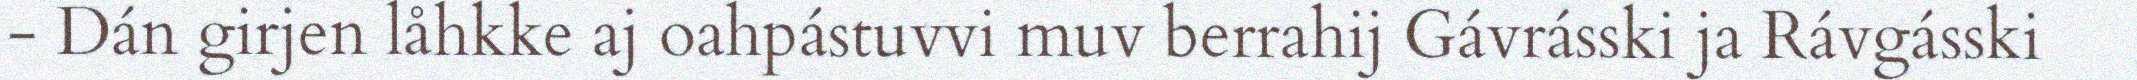
- Dán girjen låhkke aj oahpástuvvi muv berrahij Gávrásski ja Rávgásski